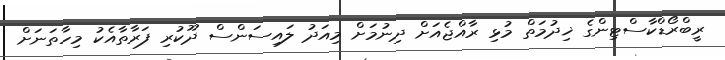
ރީބްރޯޑްކާސްޓިންގެ ޚިދުމަތް މުޅި ރާއްޖެއަށް ދިނުމަށް މިއަދު ލައިސަންސް ދޫކުރި ފަރާތާއެކު މިހާތަނަށް